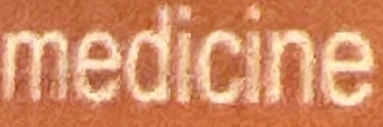
medicine